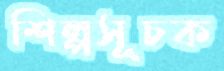
শিল্পসূচক